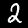
Digit: 2